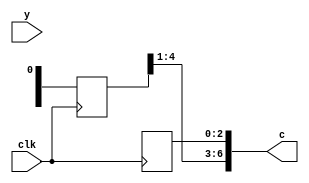
/*
The following drivers conflict:
line45
line47 
*/
module decoder2(c,y,clk);
output[6:0] c; //c c[6]
input[6:0] y; //y y[6]
input clk;
reg[6:0] c,c_buf,buffer;
reg temp;
reg s0,s1,s2; //
reg e; //
integer i;
// always @(posedge clk)
// begin
// s0=0; s1=0; s2=0; //
// temp=0;
// buffer=y; //
// for (i=6;i>=0;i=i-1) //
// begin
// e=s0&(~s1)&temp;
// temp=s2;
// s2=s1;
// s1=s0^temp;
// s0=y[i]^temp^e;
// end
// for (i=6;i>=0;i=i-1) //
// begin
// e=s0&(~s1)&temp;
// temp=s2;
// s2=s1;
// s1=s0^temp;
// s0=temp^e;
// c_buf[i]=buffer[i]^e;
// if (e==1) //
// begin
// s0=0; s1=0; s2=0;
// end
// end
// end
always @(posedge clk)
begin
for (i=0; i<3; i=i+1)
c[i]=c_buf[i];
end
always @(posedge clk)
begin
for (i=2; i<7; i=i+1)
c[i]= c_buf[i];
end
endmodule